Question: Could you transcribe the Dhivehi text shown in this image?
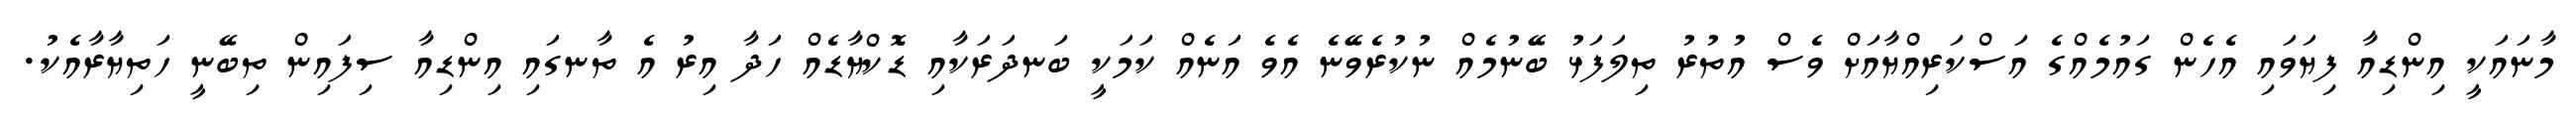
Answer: މާނައަކީ އިންޑިއާ ފިޔަވައި އެހެން ގައުމެއްގެ އަސްކަރިއްޔާއަށް ވެސް އުތުރު ތިލަފަޅު ބޭނުމެއް ނުކުރެވޭނެ އެވެ އަނެއް ކަމަކީ ބަނދަރަކާއި ޑޮކްޔާޑެއް ހަދާ އިރު އެ ތާނގައި އިންޑިއާ ސިފައިން ތިބޭނީ ހަތިޔާރާއެކު.